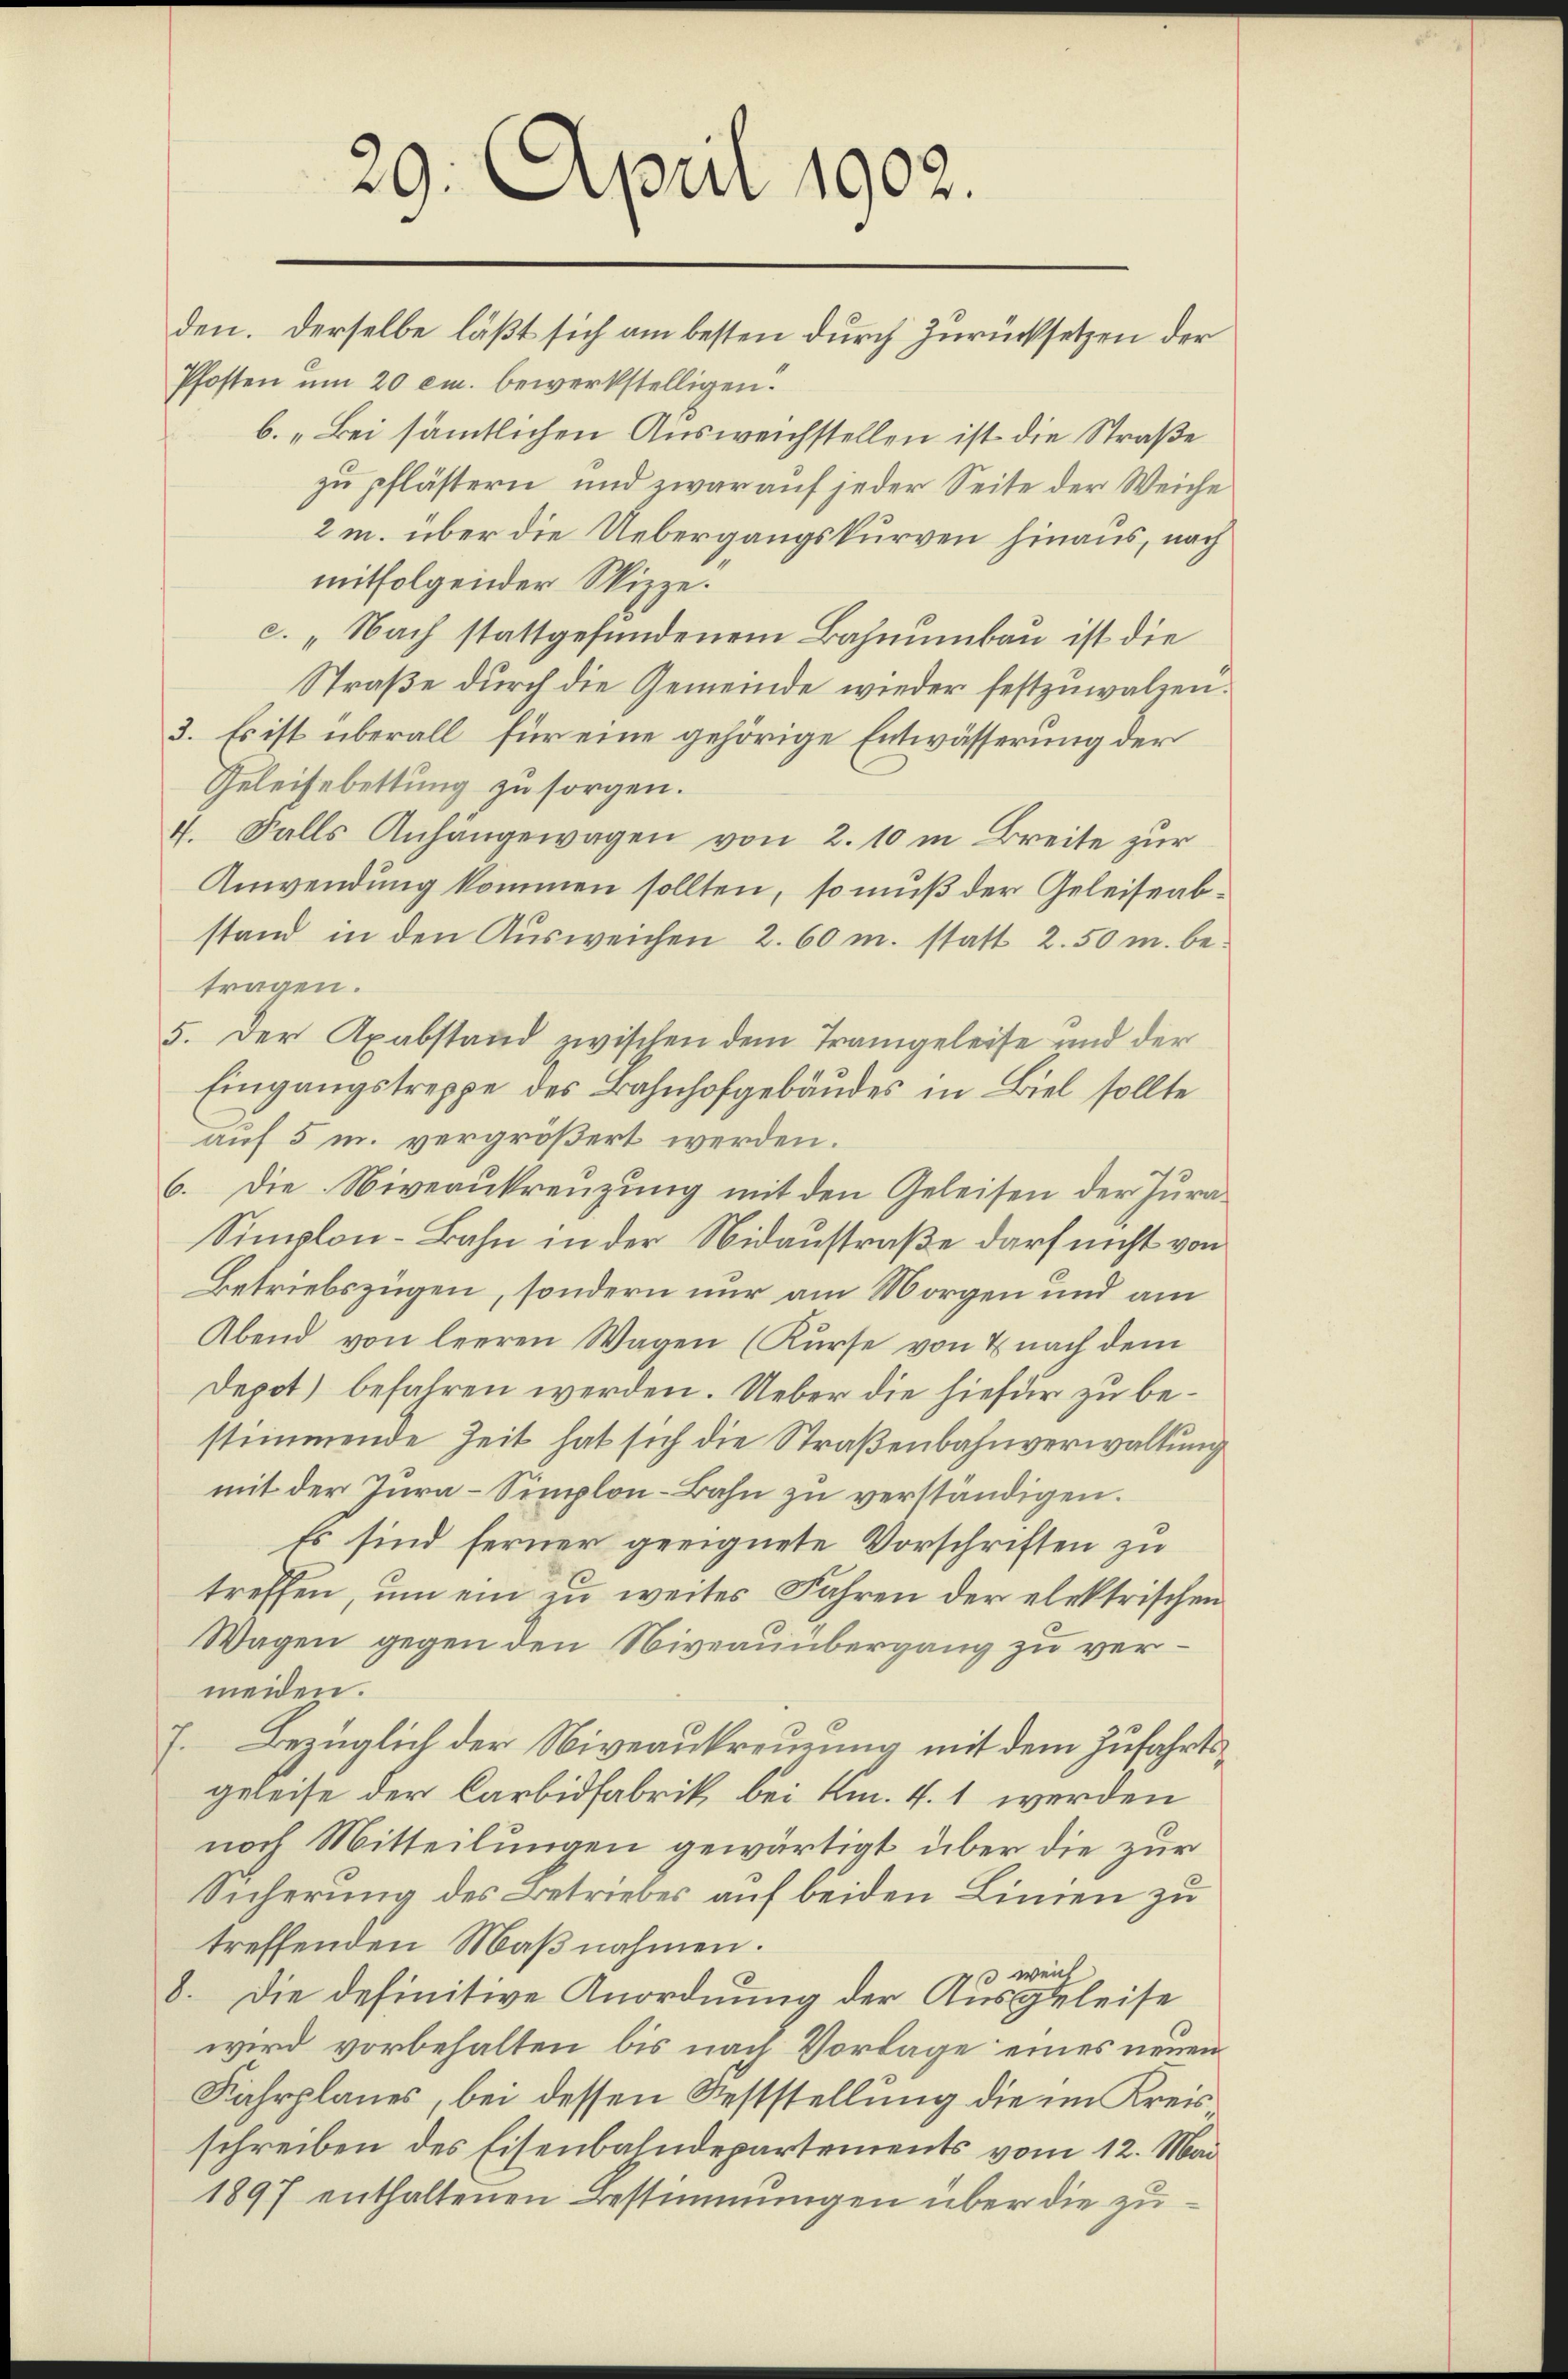
29. April 1902.
den. Derselbe läßt sich am besten durch Zurücksetzen der

Pfosten um 20 cm. bewerkstelligen.
b. „Bei sämmtlichen Ausweichstellen ist die Straße
zu pflästern und zwar auf jeder Seite der Weiche
2m. über die Uebergangskurven hinaus, nach
mitfolgender Skizze.
c. „Nach stattgefundenem Bahnumbau ist die
Straße durch die Gemeinde wieder festzuwalzen.
3. Es ist überall für eine gehörige Entwässerung der
Geleisebettung zu sorgen.
4. Falls Anhängewagen von 2. 10 in Breite zur
Anwendung kommen sollten, so muß der Geleiseabstand in den Ausweichen 2. 60 m. statt 2.50 m. betragen.
5. Der Axabstand zwischen dem Trangeleise und der
Eingangstreppe des Bahnhofgebäudes in Biel sollte
auf 5 u. vergrößert werden.
6. Die Niveaukreuzung mit den Geleisen der Jura-
Simplon-Bahn in der Nidaustraße darf nicht von
Betriebszügen, sondern nur am Morgen und am
Abend von leeren Wagen (Kŭrse von & nach dem
Depot befahren werden. Ueber die hiefür zu bestimmende Zeit hat sich die Straßenbahnverwaltung
mit der Zŭra-Simplon-Bahn zŭ verständigen.
Es sind ferner geeignete Vorschriften zu
treffen, um ein zu weites Fahren der elektrischen
Wagen gegen den Niveauübergang zu vermeiden.
7. Bezüglich der Niveaukreuzung mit dem Zufahrtsgeleise der Carbidfabrik, bei Km. 4. 1 werden
noch Mitteilungen gewärtigt über die zur
Sicherung des Betriebes auf beiden Linien zu
treffenden Maßnahmen.
43 weich
8. Die definitive Anordnung der Ausgeleise
wird vorbehalten bis nach Vorlage eines neuen
Fahrplanes, bei dessen Feststellung die im Kreisschreiben des Eisenbahndepartements vom 12. Mai
1897 enthaltenen Bestimmungen über die zu¬